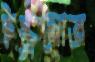
ইস্কুলোত